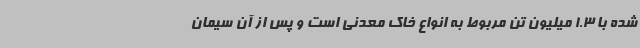
شده با 1.3 میلیون تن مربوط به انواع خاک معدنی است و پس از آن سیمان